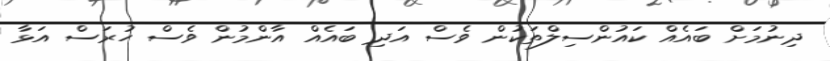
ދިނުމަށް ބައެއް ކައުންސިލްތަކުން ވެސް އަދި ބައެއް އާންމުން ވެސް ހުރަސް އަޅާ